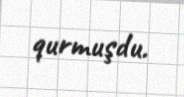
qurmuşdu.